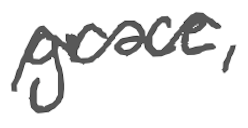
Text: grace,
Cross-out: mix
Writing tool: digital_gray